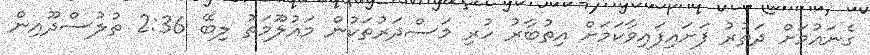
ގެނައުމަށް ދަތުރު ފަށައިފައިވާކަމަށް އިތުބާރު ހުރި މަސްދަރުތަކުން މައުލޫމަތު ލިބޭ 2:36 ތުލުސްދޫއިން